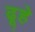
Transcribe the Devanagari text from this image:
ढूहे